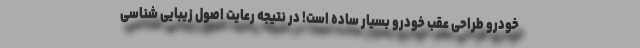
خودرو طراحی عقب خودرو بسیار ساده است! در نتیجه رعایت اصول زیبایی شناسی